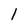
Character: 1